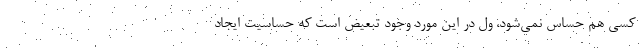
کسی هم حساس نمی‌شود، ول در این مورد وجود تبعیض است که حساسیت ایجاد